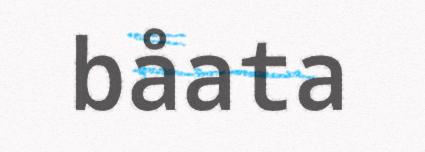
båata